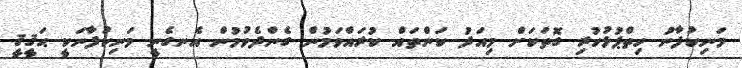
މަނިކުފާނު ހިތްޕުޅުހުރި ގޮތަކަށް މިއަދު ކަންތައް ކުރައްވަމުން ގެންދެވުމުން އެނގެނީ މަނިކުފާނަކީ ޙަޤީޤީ